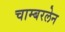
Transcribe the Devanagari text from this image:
चाम्बरलेन